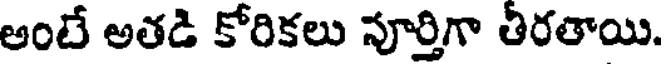
అంటే అతడి కోరికలు పూర్తిగా తీరతాయి.